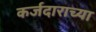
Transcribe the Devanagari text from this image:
कर्जदाराच्या